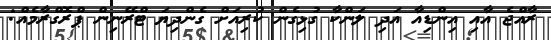
ރާއްޖެ އާއި އިންޑިއާ އަދި ލަންކާ ގުޅިގެން ކުރިއަށް ގެންދިޔަ ޓްރޭނިން ޕްރޮގްރާމެއް: